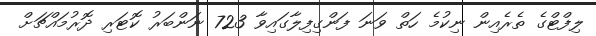
ލިފްޓްގެ ތެރެއިން ނިކުމެ ހަތް ވަނަ ފަންގިފިލާގައިވާ 723 ނަންބަރު ކޮޓަރި ދޮރުމައްޗަށް